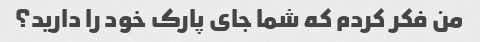
من فکر کردم که شما جای پارک خود را دارید؟